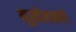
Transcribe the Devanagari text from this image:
मूर्खलक्षणे